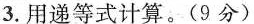
3.用递等式计算。(9分)